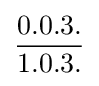
{\frac {0.0.3.}{1.0.3.}}